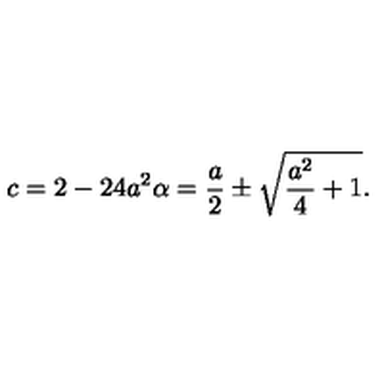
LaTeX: c = 2 - 2 4 a ^ { 2 } \alpha = \frac { a } { 2 } \pm \sqrt { \frac { a ^ { 2 } } { 4 } + 1 } .